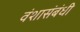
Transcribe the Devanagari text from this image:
वंशासंबंधी